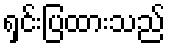
ရှင်းပြထားသည်